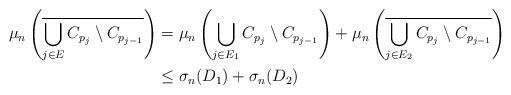
LaTeX: \begin{align*}\mu_n\left(\overline{\bigcup_{j\in E}C_{p_j}\setminus C_{p_{j-1}}}\right)&=\mu_n\left(\bigcup_{j\in E_1}C_{p_j}\setminus C_{p_{j-1}}\right)+\mu_n\left(\overline{\bigcup_{j\in E_2}C_{p_j}\setminus C_{p_{j-1}}}\right) \\&\leq\sigma_n(D_1)+\sigma_n(D_2)\end{align*}